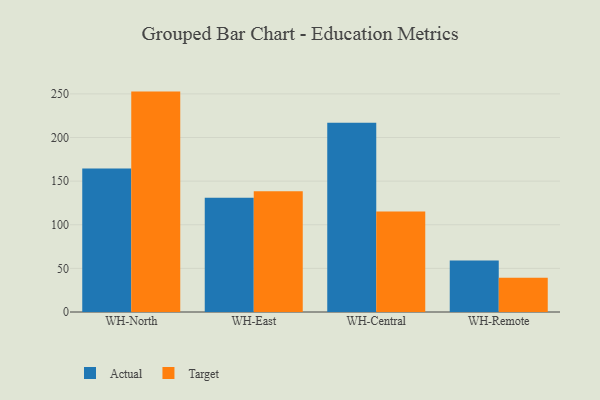
{"axis": {"x": "Warehouse", "y": "Bounce Rate (%)"}, "legend": ["Actual", "Target"], "data": [{"x": "WH-North", "y": 164.5, "type": "Actual"}, {"x": "WH-North", "y": 252.6, "type": "Target"}, {"x": "WH-East", "y": 130.8, "type": "Actual"}, {"x": "WH-East", "y": 138.3, "type": "Target"}, {"x": "WH-Central", "y": 216.8, "type": "Actual"}, {"x": "WH-Central", "y": 115.2, "type": "Target"}, {"x": "WH-Remote", "y": 58.9, "type": "Actual"}, {"x": "WH-Remote", "y": 39.2, "type": "Target"}]}